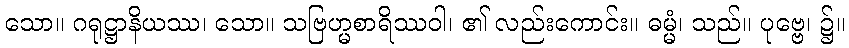
သော။ ဂရုဋ္ဌာနိယဿ၊ သော။ သဗြဟ္မစာရိဿဝါ၊ ၏ လည်းကောင်း။ ဓမ္မံ၊ သည်။ ပုဗ္ဗေ၊ ၌။